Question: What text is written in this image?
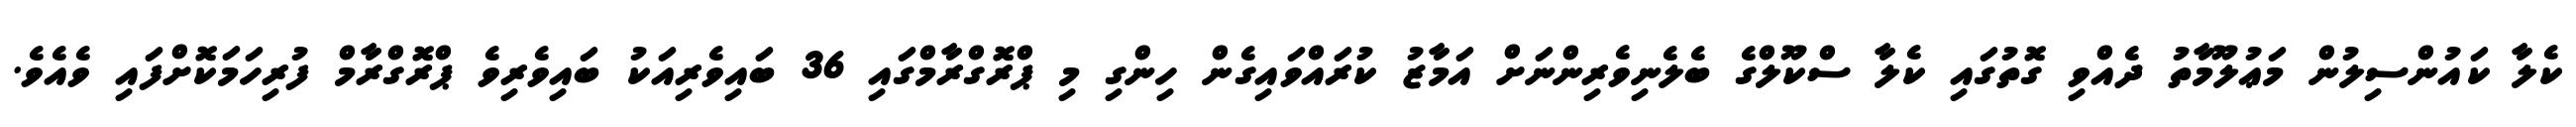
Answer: ކެލާ ކައުންސިލުން މަޢުލޫމާތު ދެއްވި ގޮތުގައި ކެލާ ސްކޫލްގެ ބެލެނިވެރިންނަށް އަމާޒު ކުރައްވައިގެން ހިންގި މި ޕްރޮގްރާމްގައި 36 ބައިވެރިއަކު ބައިވެރިވެ ޕްރޮގްރާމް ފުރިހަމަކޮށްފައި ވެއެވެ.